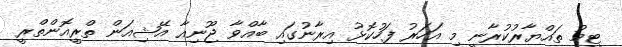
ޓީމު ތައްޔާރުކުރާނީ މި އަހަރު ފަހުކޮޅު އިރާނުގައި ބާއްވާ ޖޫނިއާ އޭޝިއަން ތްރީއޮންތްރީ